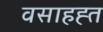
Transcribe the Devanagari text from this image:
वसाहह्त